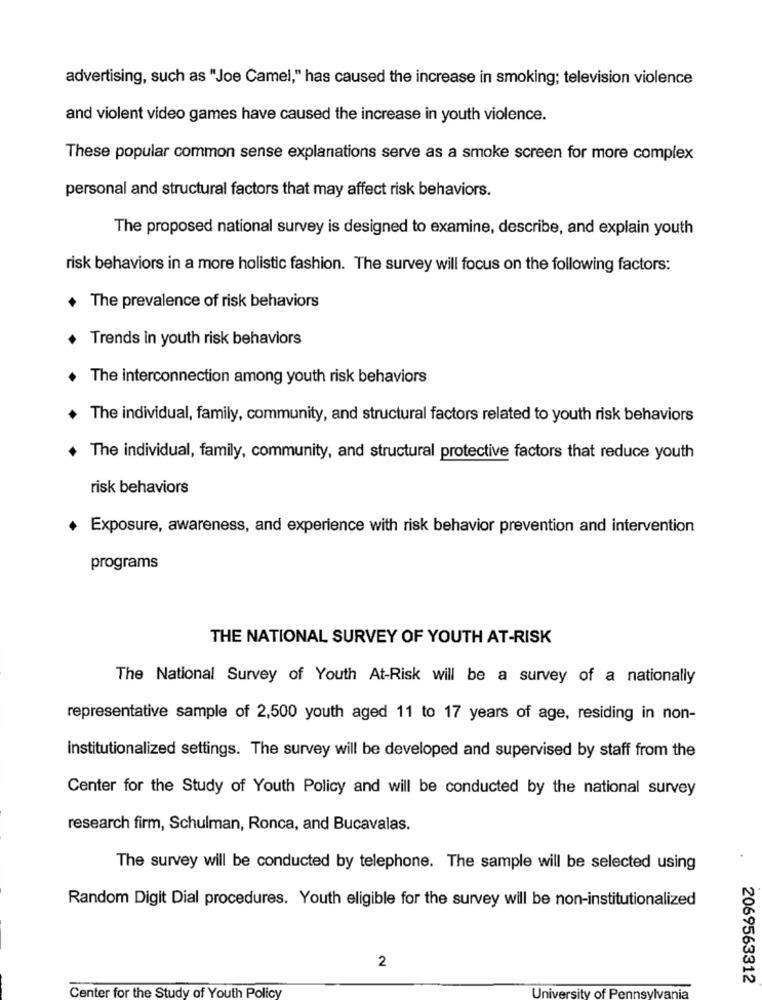
advertising, such as "Joe Camel," has caused the increase in smoking; television violence
and violent video games have caused the increase in youth violence.
These popular common sense explanations serve as a smoke screen for more complex
personal and structural factors that may affect risk behaviors.
The proposed national survey is designed to examine, describe, and explain youth
risk behaviors in a more holistic fashion. The survey will focus on the following factors:
The prevalence of risk behaviors
Trends in youth risk behaviors
. The interconnection among youth risk behaviors
The individual, family, community, and structural factors related to youth risk behaviors
The individual, family, community, and structural protective factors that reduce youth
risk behaviors
+ Exposure, awareness, and experience with risk behavior prevention and intervention
programs
THE NATIONAL SURVEY OF YOUTH AT-RISK
The National Survey of Youth At-Risk will be a survey of a nationally
representative sample of 2,500 youth aged 11 to 17 years of age, residing in non-
institutionalized settings. The survey will be developed and supervised by staff from the
Center for the Study of Youth Policy and will be conducted by the national survey
research firm, Schulman, Ronca, and Bucavalas.
The survey will be conducted by telephone. The sample will be selected using
Random Digit Dial procedures. Youth eligible for the survey will be non-institutionalized
2
2069563312
University of Pennsylvania
Center for the Study of Youth Policy